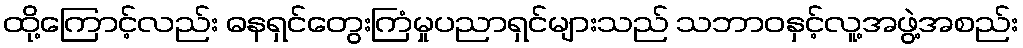
ထို့ကြောင့်လည်း ဓနရှင်တွေးကြံမှုပညာရှင်များသည် သဘာဝနှင့်လူ့အဖွဲ့အစည်း